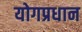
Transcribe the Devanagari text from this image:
योगप्रधान